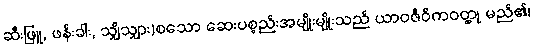
ဆီးဖြူ, ဖန်းခါး, သျှိသျှား)စသော ဆေးပစ္စည်းအမျိုးမျိုးသည် ယာဝဇီဝိကဝတ္ထု မည်၏၊